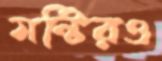
মন্টিরও